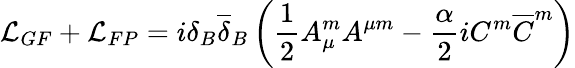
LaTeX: {\mathcal L}_{GF}+{\mathcal L}_{FP}=i\delta_{B}{\overline{{{\delta}}}}_{B}\left(\frac{1}{2}A_{\mu}^{m}A^{\mu m}-\frac{\alpha}{2}iC^{m}{\overline{{{C}}}}^{m}\right)